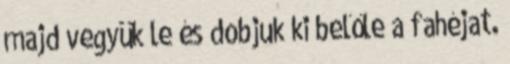
majd vegyük le és dobjuk ki belőle a fahéjat.